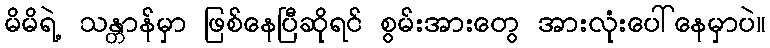
မိမိရဲ့ သန္တာန်မှာ ဖြစ်နေပြီဆိုရင် စွမ်းအားတွေ အားလုံးပေါ်နေမှာပဲ။